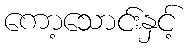
ကော့သောင်းနှင့်